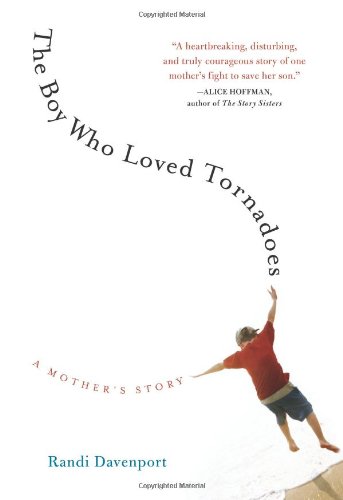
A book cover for The Boy Who Loved Tornadoes; Randi Davenport; Parenting & Relationships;